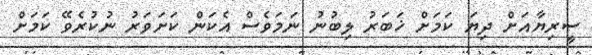
ސީރިޔާއަށް ދިޔަ ކަމަށް ޚަބަރު ލިބުނު ނަމަވެސް އެކަން ކަށަވަރު ނުކުރެވޭ ކަމަށް